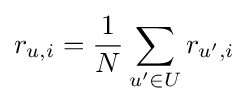
r_{u,i}={\frac {1}{N}}\sum \limits _{u^{\prime }\in U}r_{u^{\prime },i}